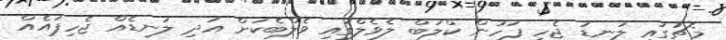
މެޗުގައި ލަނޑު ޖެހި ފަހުން ކްލަބް ލެވެލްގައި ވެލްބެކަށް އަދި ލަނޑެއް ޖެހިފައެއް